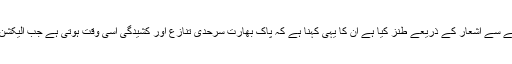
(اس حوالے سے اشعار کے ذریعے طنز کیا ہے ان کا یہی کہنا ہے کہ پاک بھارت سرحدی تنازع اور کشیدگی اسی وقت ہوتی ہے جب الیکشن ہوتا ہے۔